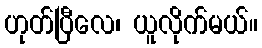
ဟုတ်ပြီလေ၊ ယူလိုက်မယ်။